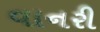
વાનરી